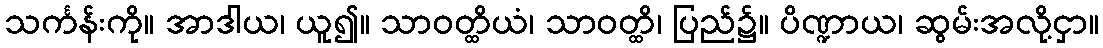
သင်္ကန်းကို။ အာဒါယ၊ ယူ၍။ သာဝတ္ထိယံ၊ သာဝတ္ထိ၊ ပြည်၌။ ပိဏ္ဍာယ၊ ဆွမ်းအလို့ငှာ။